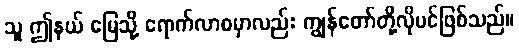
သူ ဤနယ် မြေသို့ ရောက်လာစမှာလည်း ကျွန်တော်တို့လိုပင်ဖြစ်သည်။